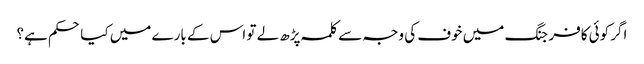
اگر کوئی کافر جنگ میں خوف کی وجہ سے کلمہ پڑھ لے تو اس کے بارے میں کیا حکم ہے؟